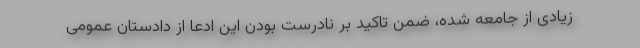
زیادی از جامعه شده، ضمن تاکید بر نادرست بودن این ادعا از دادستان عمومی